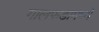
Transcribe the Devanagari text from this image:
गालफडामध्ये